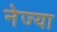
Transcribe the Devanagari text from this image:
नेज्या